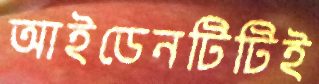
আইডেনটিটিই